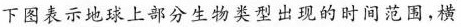
下图表示地球上部分生物类型出现的时间范围，横